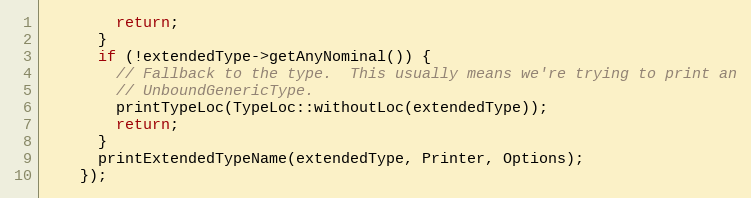
Language: C++
        return;
      }
      if (!extendedType->getAnyNominal()) {
        // Fallback to the type.  This usually means we're trying to print an
        // UnboundGenericType.
        printTypeLoc(TypeLoc::withoutLoc(extendedType));
        return;
      }
      printExtendedTypeName(extendedType, Printer, Options);
    });